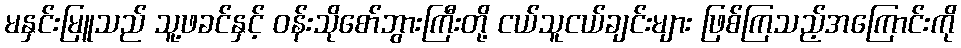
မနှင်းမြူသည် သူ့ဖခင်နှင့် ဝန်းသိုစော်ဘွားကြီးတို့ ငယ်သူငယ်ချင်းများ ဖြစ်ကြသည့်အကြောင်းကို